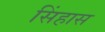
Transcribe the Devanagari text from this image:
सिंहास